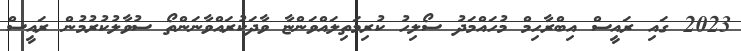
2023 ގައި ރައީސް އިބްރާހިމް މުހައްމަދު ސޯލިހު ކުރިމަތިލައްވަންޏާ ވާދަކުރައްވާނަންތޯ ސުވާލުކުރުމުން ރައީސް